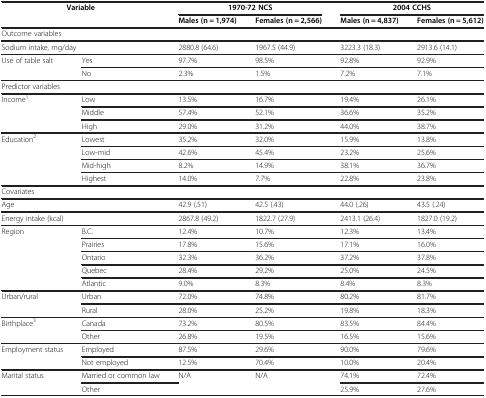
<table><thead><tr><td colspan="2"><b>Variable</b></td><td><b>1970-72 NCS</b></td><td><b> </b></td><td><b>2004 CCHS</b></td><td><b> </b></td></tr><tr><td colspan="2"><b> </b></td><td><b>Males (n = 1,974)</b></td><td><b>Females (n = 2,566)</b></td><td><b>Males (n = 4,837)</b></td><td><b>Females (n = 5,612)</b></td></tr></thead><tbody><tr><td colspan="6">Outcome variables</td></tr><tr><td colspan="2">Sodium intake, mg/day</td><td>2880.8 (64.6)</td><td>1967.5 (44.9)</td><td>3223.3 (18.3)</td><td>2913.6 (14.1)</td></tr><tr><td rowspan="2">Use of table salt</td><td>Yes</td><td>97.7%</td><td>98.5%</td><td>92.8%</td><td>92.9%</td></tr><tr><td>No</td><td>2.3%</td><td>1.5%</td><td>7.2%</td><td>7.1%</td></tr><tr><td colspan="6">Predictor variables</td></tr><tr><td rowspan="3">Income<sup>1</sup></td><td>Low</td><td>13.5%</td><td>16.7%</td><td>19.4%</td><td>26.1%</td></tr><tr><td>Middle</td><td>57.4%</td><td>52.1%</td><td>36.6%</td><td>35.2%</td></tr><tr><td>High</td><td>29.0%</td><td>31.2%</td><td>44.0%</td><td>38.7%</td></tr><tr><td rowspan="4">Education<sup>2</sup></td><td>Lowest</td><td>35.2%</td><td>32.0%</td><td>15.9%</td><td>13.8%</td></tr><tr><td>Low-mid</td><td>42.6%</td><td>45.4%</td><td>23.2%</td><td>25.6%</td></tr><tr><td>Mid-high</td><td>8.2%</td><td>14.9%</td><td>38.1%</td><td>36.7%</td></tr><tr><td>Highest</td><td>14.0%</td><td>7.7%</td><td>22.8%</td><td>23.8%</td></tr><tr><td colspan="6">Covariates</td></tr><tr><td colspan="2">Age</td><td>42.9 (.51)</td><td>42.5 (.43)</td><td>44.0 (.26)</td><td>43.5 (.24)</td></tr><tr><td colspan="2">Energy intake (kcal)</td><td>2867.8 (49.2)</td><td>1822.7 (27.9)</td><td>2413.1 (26.4)</td><td>1827.0 (19.2)</td></tr><tr><td rowspan="5">Region</td><td>B.C.</td><td>12.4%</td><td>10.7%</td><td>12.3%</td><td>13.4%</td></tr><tr><td>Prairies</td><td>17.8%</td><td>15.6%</td><td>17.1%</td><td>16.0%</td></tr><tr><td>Ontario</td><td>32.3%</td><td>36.2%</td><td>37.2%</td><td>37.8%</td></tr><tr><td>Quebec</td><td>28.4%</td><td>29.2%</td><td>25.0%</td><td>24.5%</td></tr><tr><td>Atlantic</td><td>9.0%</td><td>8.3%</td><td>8.4%</td><td>8.3%</td></tr><tr><td rowspan="2">Urban/rural</td><td>Urban</td><td>72.0%</td><td>74.8%</td><td>80.2%</td><td>81.7%</td></tr><tr><td>Rural</td><td>28.0%</td><td>25.2%</td><td>19.8%</td><td>18.3%</td></tr><tr><td rowspan="2">Birthplace<sup>3</sup></td><td>Canada</td><td>73.2%</td><td>80.5%</td><td>83.5%</td><td>84.4%</td></tr><tr><td>Other</td><td>26.8%</td><td>19.5%</td><td>16.5%</td><td>15.6%</td></tr><tr><td rowspan="2">Employment status</td><td>Employed</td><td>87.5%</td><td>29.6%</td><td>90.0%</td><td>79.6%</td></tr><tr><td>Not employed</td><td>12.5%</td><td>70.4%</td><td>10.0%</td><td>20.4%</td></tr><tr><td rowspan="2">Marital status</td><td>Married or common law</td><td rowspan="2">N/A</td><td rowspan="2">N/A</td><td>74.1%</td><td>72.4%</td></tr><tr><td>Other</td><td>25.9%</td><td>27.6%</td></tr></tbody></table>